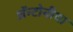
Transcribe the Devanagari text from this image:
ॲन्टोनीया